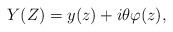
\begin{align*} Y(Z) = y(z) + i\theta \varphi (z),\end{align*}